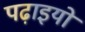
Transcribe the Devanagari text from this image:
पढ़ाइयों